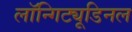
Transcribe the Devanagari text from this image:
लॉन्गिट्यूडिनल